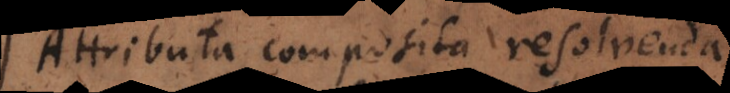
Attributa composita resolvenda